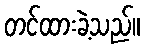
တင်ထားခဲ့သည်။